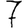
Digit: 7